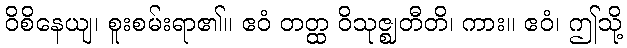
ဝိစိနေယျ၊ စူးစမ်းရာ၏။ ဧဝံ တတ္ထ ဝိသုဇ္ဈတီတိ၊ ကား။ ဧဝံ၊ ဤသို့